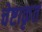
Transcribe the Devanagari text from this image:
चेष्टाकृत